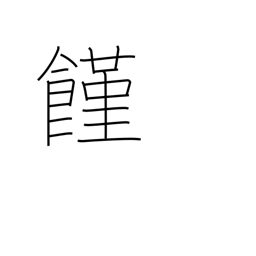
Meaning: hunger